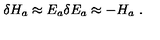
{ \delta } H _ { a } \approx E _ { a } { \delta } E _ { a } \approx - H _ { a } \ .